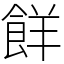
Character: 䬺